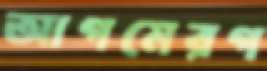
আগমেরগ